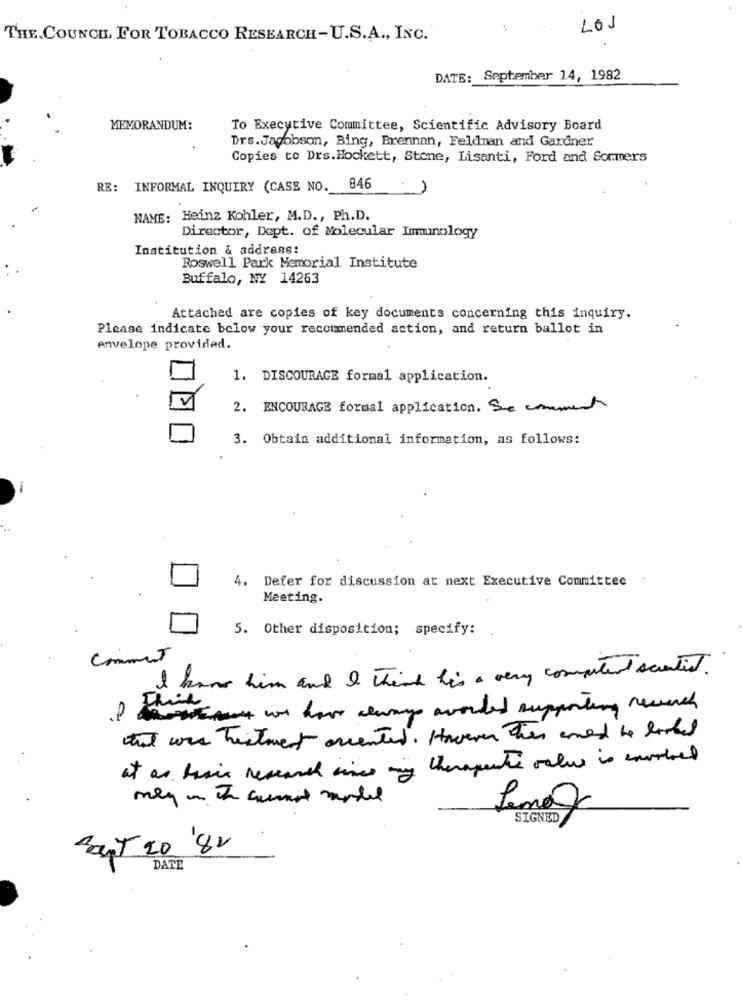
LOS
THE. COUNCIL FOR TOBACCO RESEARCH-U.S.A ., INC.
DATE: September 14, 1982
MEMORANDUM:
To Executive Committee, Scientific Advisory Board
Drs.Jacobson, Bing, Brennan, Feldman and Gardner
Copies to Drs.Hockett, Stone, Lisanti, Ford and Sommers
RE: INFORMAL INQUIRY (CASE NO. 846
NAME: Heinz Kohler, M.D ., Ph.D.
Director, Dept. of Molecular Immunology
Institution & address:
Roswell Park Memorial Institute
Buffalo, NY 14263
Attached are copies of key documents concerning this inquiry.
Please indicate below your recommended action, and return ballot in
envelope provided.
1. DISCOURAGE formal application.
2. ENCOURAGE formal application. Se comment
3. Obtain additional information, as follows:
4. Defer for discussion at next Executive Committee
Meeting.
5. Other disposition; specify:
comment
I hans him and I think his a very computer scientist.
I howmany we have always avoided supporting research
that was treatment accented. However has anend he looked
at as basic research since my therapeute vales is carried
Lema
SIGNED
Sout 20 '82
DATE